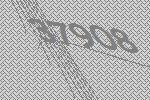
37908